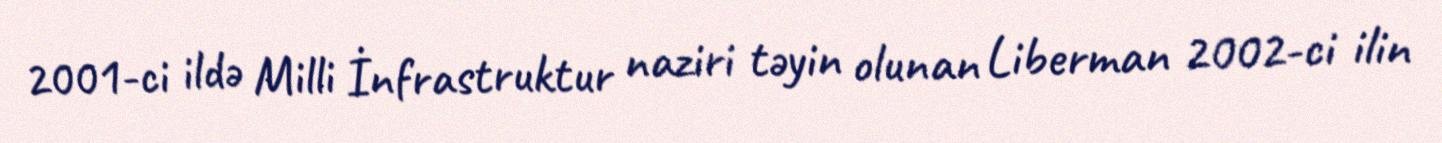
2001-ci ildə Milli İnfrastruktur naziri təyin olunan Liberman 2002-ci ilin